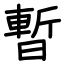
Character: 暫